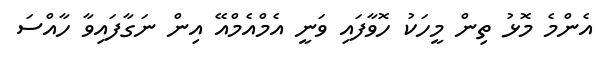
އެންމެ މޮޅު ތިން މީހަކު ހޮވާފައި ވަނީ އެމްއެމްއޭ އިން ނަގާފައިވާ ހާއްސަ